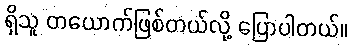
ရှိသူ တယောက်ဖြစ်တယ်လို့ ပြောပါတယ်။